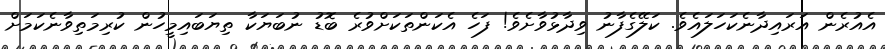
އެއުރެން އަރައިދާނެކަހަލައެވެ. ކަލޭގެފާނު ވިދާޅުވާށެވެ! ފަހެ އެކަންތަކަށްވުރެ ބޮޑު ނުބަޔަކާ ތިޔަބައިމީހުން ކުރިމަތިވާނެކަމަށް